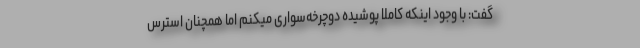
گفت: با وجود اینکه کاملا پوشیده دوچرخه‌سواری میکنم اما همچنان استرس